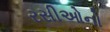
રસીઓનો